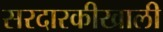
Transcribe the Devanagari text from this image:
सरदारकीखाली